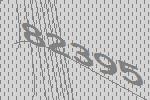
82395